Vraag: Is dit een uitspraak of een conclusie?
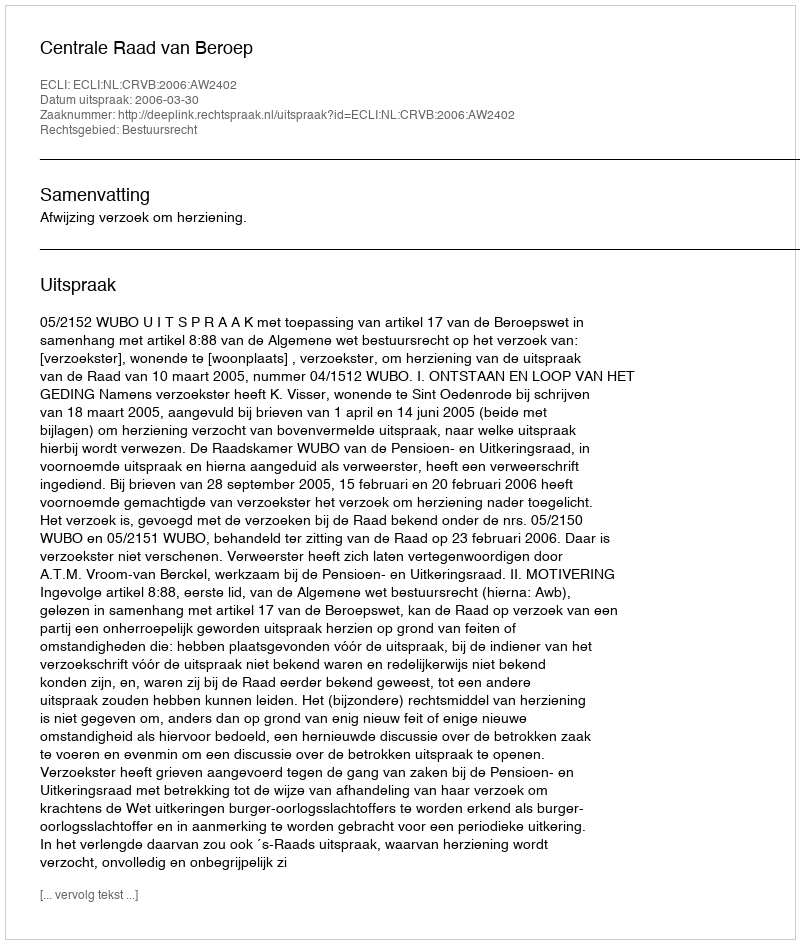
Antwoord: Uitspraak